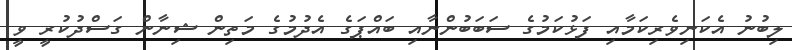
ލިބުނު އެކަނިވެރިކަމާއި ފަޅުކަމުގެ ސަބަބުންނާއި ބައްޕަގެ އެދުމުގެ މަތިން ޝިނާން ގަސްދުކުރީ ވީ